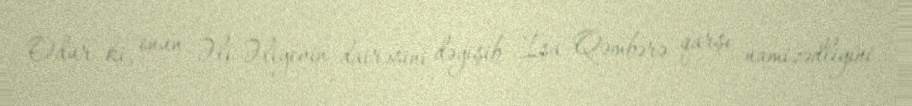
Odur ki, onun Əli Əliyevin dairəsini dəyişib İsa Qəmbərə qarşı namizədliyini